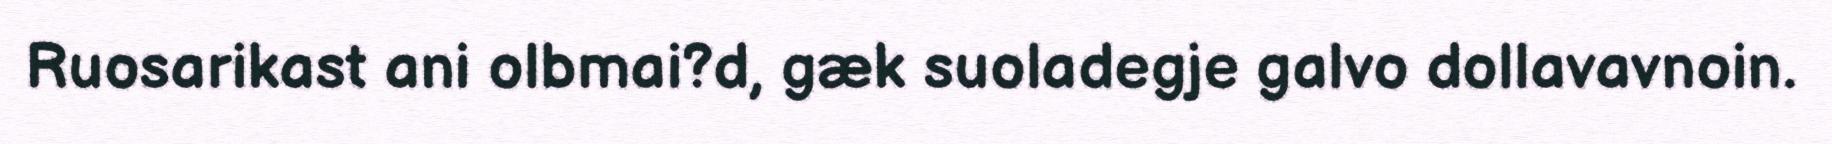
Ruosarikast ani olbmai?d, gæk suoladegje galvo dollavavnoin.